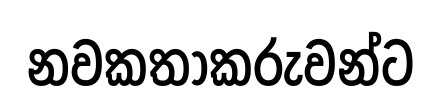
නවකතාකරුවන්ට